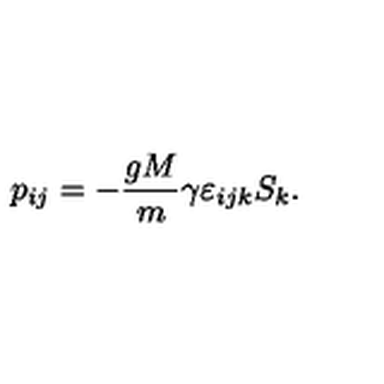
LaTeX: p _ { i j } = - \frac { g M } { m } \gamma \varepsilon _ { i j k } S _ { k } .